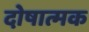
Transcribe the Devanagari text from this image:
दोषात्मक